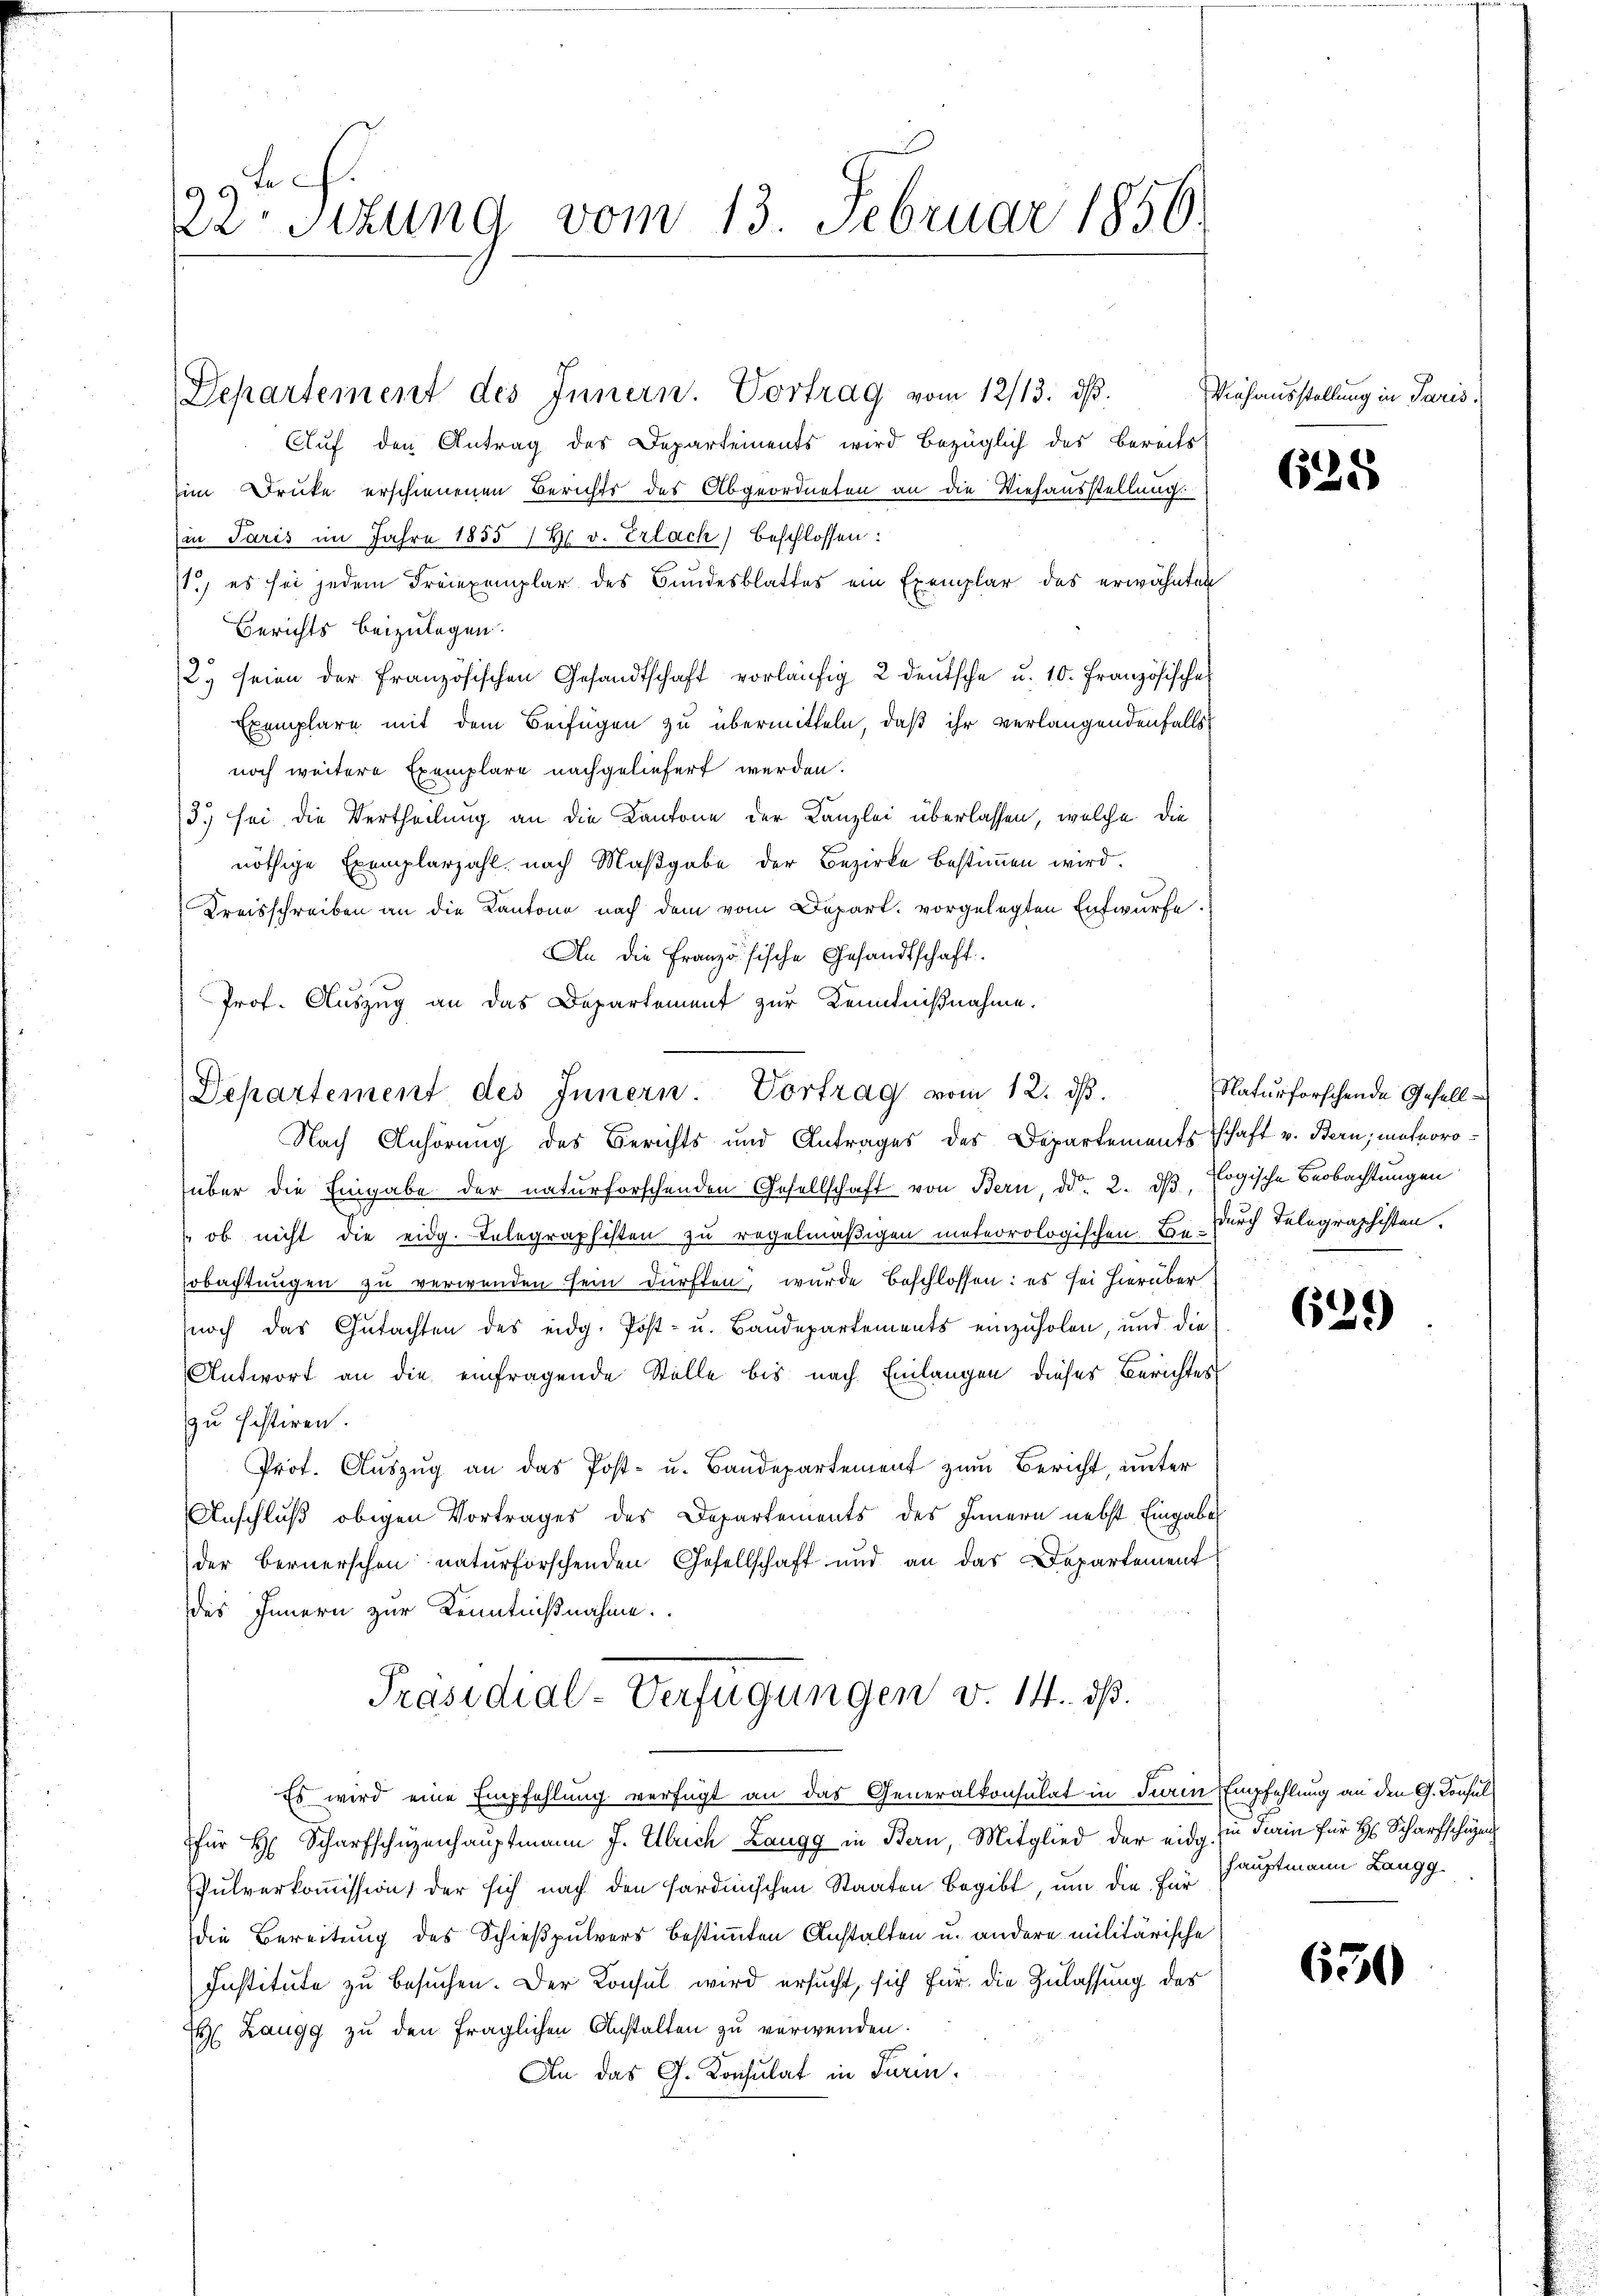
1994 f.
 schung vom 13. Februar 1856.

Departement des Innern. Vortrag vom 12/13. ds.
Auf den Antrag des Departements wird bezüglich des bereits
im Druke erschienenen Berichts des Abgeordneten an die Viehausstellung.
(in Paris im Jahre 1855 14 v. Erlach) beschlossen:
1, es sei jedem Freiexemplar des Bundesblattes ein Exemplar des erwähnten
Berichts beizulagen.
2. seien der französischen Gesandtschaft vorläŭfig 2 deŭtsche u. 10. Französisches
Exemplare mit dem Beifügen zu übermitteln, daß ihr verlangendenfalls
noch weitere Exemplare nachgeliefert werden.
3.) sei die Vertheilung an die Kantone der Kanzlei überlassen, welche die
nöthige Exemplarzahl nach Maβgabe der Bezirke bestimmen wird.
Kreisschreiben an die Kantone nach dem vom Depart. vorgelegten Entwurfe.
An die Französische Gesandtschaft.
Prof. Auszug an das Departement zur Kenntnißnahme.
Nach Anhörung des Berichts und Antrages des Departementschaft v. Bern; meteoroüber die Eingabe der naturforschenden Gesellschaft von Bern, d. 2. dβ, Logische Beobachtungen
ob nicht die eidg. Telegraphisten zu regelmäßigen meteorologischen B. durch Telegraphisten.
Fobachtungen zu verwenden sein dürften, wurde beschlossen: es sei hierüber
noch das Gutachten des eidg. Post- u. Baŭdepartements einzŭholen, und die
Antwort an die einfragende Stelle bis nach Einlangen dieses Berichtes
zu histiren.
Prot. Auszug an das Post- u. Baudepartement zum Bericht, unter
Anschluß obigen Vortrages des Departements des Innern nebst Eingabe
der Bernerschen naturforschenden Gesellschaft und an das Departement
des Innern zur Kenntnißnahme
Präsidial-Verfügungen v. 14. dß.
Es wird eine Empfehlung verfügt an das Generalkonsulat in Turin Empfehlung an den G. Consul
für H. Scharfschüzenhauptmann J. Ulrich Langg in Bern, Mitglied der eidg. in darin für H. Scharfschü
Pulverkoṁission der sich nach den sardinischen Staaten begibt, um die für
die Bereitung des Schießpulvers bestimmten Anstalten u. andere militärische
Institute zu besuchen. Der Konsul wird ersucht, sich für die Zulassung des
 Zaugg zu den fraglichen Anstalten zu verwenden.
An das G. Consulat in Turin.

Departement des Innern. Vortrag vom 12. dβ.

Viehausstellung in Paris.

625

Naturforschende Gesell

(529)

hauptmann Langg

650